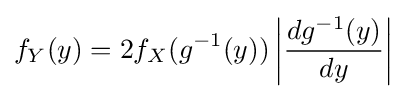
f_{Y}(y)=2f_{X}(g^{-1}(y))\left|{\frac {dg^{-1}(y)}{dy}}\right|